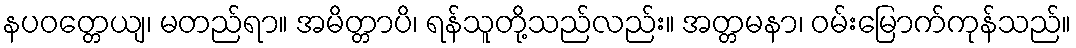
နပဝတ္တေယျ၊ မတည်ရာ။ အမိတ္တာပိ၊ ရန်သူတို့သည်လည်း။ အတ္တမနာ၊ ဝမ်းမြောက်ကုန်သည်။